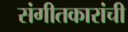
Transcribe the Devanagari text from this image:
संगीतकारांची